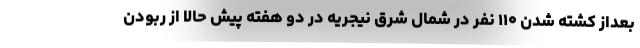
بعداز کشته شدن ۱۱۰ نفر در شمال شرق نیجریه در دو هفته پیش حالا از ربودن